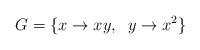
LaTeX: \begin{align*} G=\{x \rightarrow xy, \;\; y \rightarrow x^2\}\end{align*}